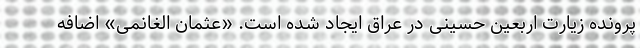
پرونده زیارت اربعین حسینی در عراق ایجاد شده است. «عثمان الغانمی» اضافه